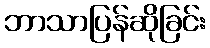
ဘာသာပြန်ဆိုခြင်း